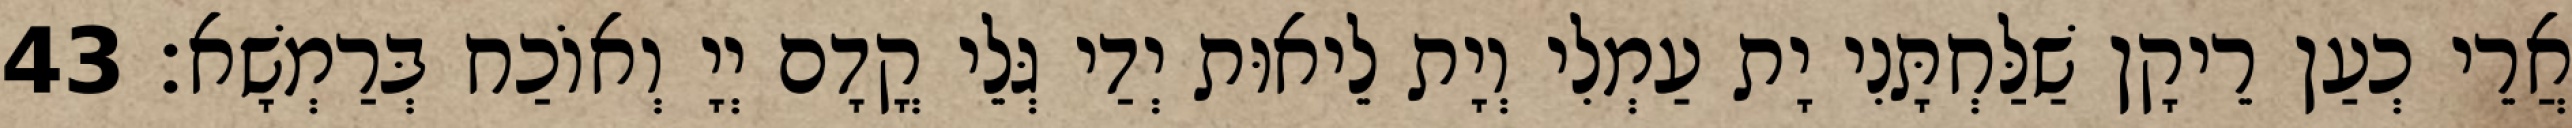
אֲרֵי כְעַן רֵיקָן שַׁלַּחְתָּנִי יָת עַמְלִי וְיָת לֵיאוּת יְדַי גְּלֵי קֳדָם יְיָ וְאוֹכַח בְּרַמְשָׁא׃ 43